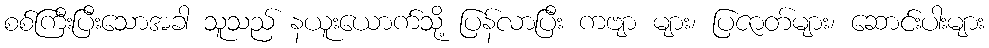
စစ်ကြီးပြီးသောအခါ သူသည် နယူးယောက်သို့ ပြန်လာပြီး ကဗျာ များ၊ ပြဇာတ်များ၊ ဆောင်းပါးများ